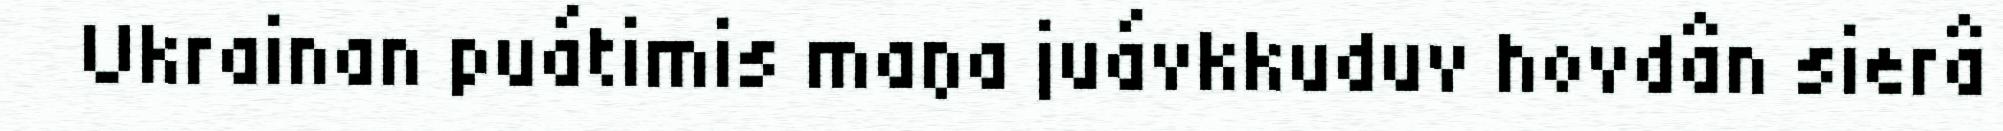
Ukrainan puátimis maŋa juávkkuduv hovdân sierâ